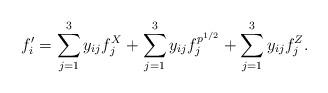
LaTeX: \begin{align*} f'_i=\sum_{j=1}^3y_{ij}f^X_j+\sum_{j=1}^3y_{ij}f^{p^{1/2}}_j+\sum_{j=1}^3y_{ij}f^Z_j. \end{align*}